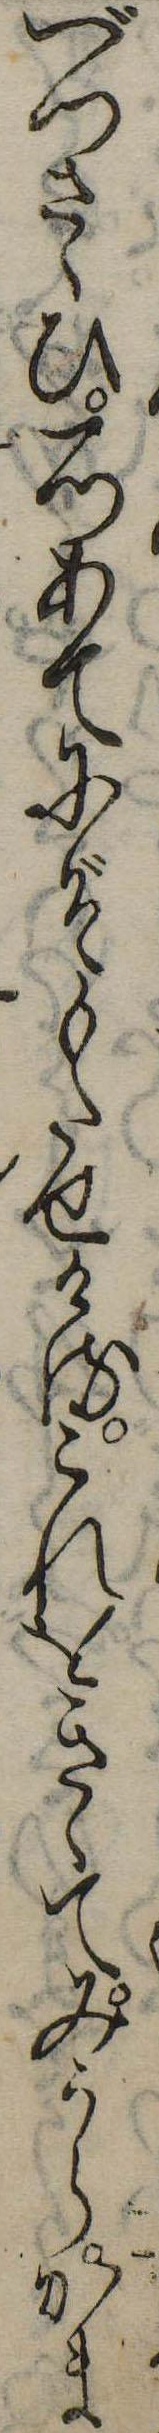
べつさゝひ一つあてにぞもたせけるこれをきゝてみうらかま